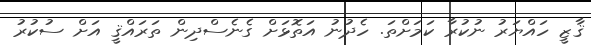
ޤާޒީ ހައްޔަރު ނުކުރާ ކަމަށްތަ. ހެދުނު އަތޮޅަށް ގެނެސްދިން ތަރައްޤީ އަށް ސުކުރު